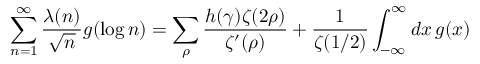
\sum _ { n = 1 } ^ { \infty } { \frac { \lambda ( n ) } { \sqrt { n } } } g ( \log n ) = \sum _ { \rho } { \frac { h ( \gamma ) \zeta ( 2 \rho ) } { \zeta ^ { \prime } ( \rho ) } } + { \frac { 1 } { \zeta ( 1 / 2 ) } } \int _ { - \infty } ^ { \infty } d x \, g ( x )